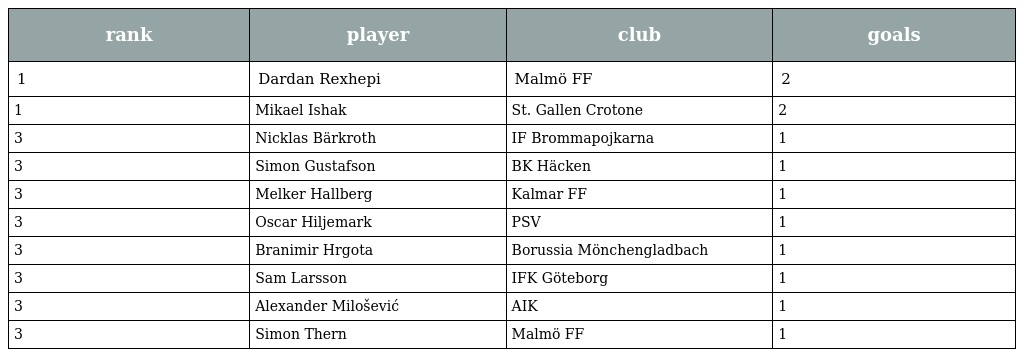
| rank | player | club | goals |
 | --- | --- | --- | --- |
 | 1 | Dardan Rexhepi | Malmö FF | 2 |
 | 1 | Mikael Ishak | St. Gallen Crotone | 2 |
 | 3 | Nicklas Bärkroth | IF Brommapojkarna | 1 |
 | 3 | Simon Gustafson | BK Häcken | 1 |
 | 3 | Melker Hallberg | Kalmar FF | 1 |
 | 3 | Oscar Hiljemark | PSV | 1 |
 | 3 | Branimir Hrgota | Borussia Mönchengladbach | 1 |
 | 3 | Sam Larsson | IFK Göteborg | 1 |
 | 3 | Alexander Milošević | AIK | 1 |
 | 3 | Simon Thern | Malmö FF | 1 |